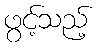
ဖွင့်သည့်